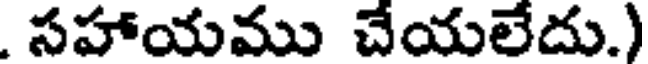
. సహాయము చేయలేదు.)